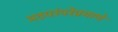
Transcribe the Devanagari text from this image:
मठपरंपरेप्रमाणे